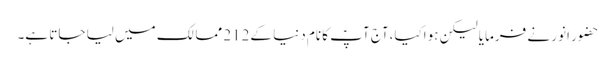
حضورِ انور نے فرمایا لیکن ہواکیا،آج آپؑ کا نام دنیا کے212 ممالک میں لیا جاتا ہے۔